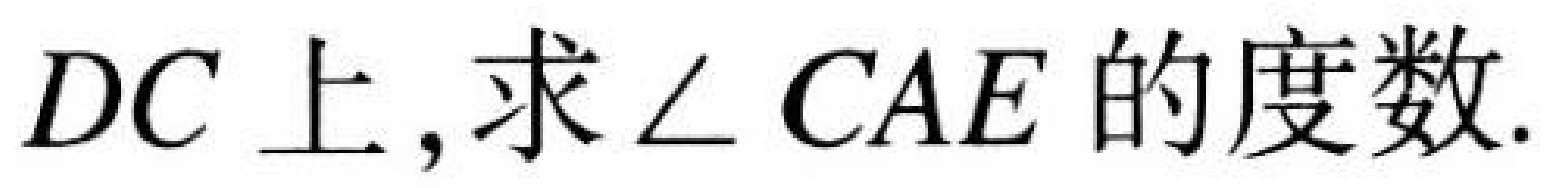
$DC$上,求$\angle CAE$的度数.